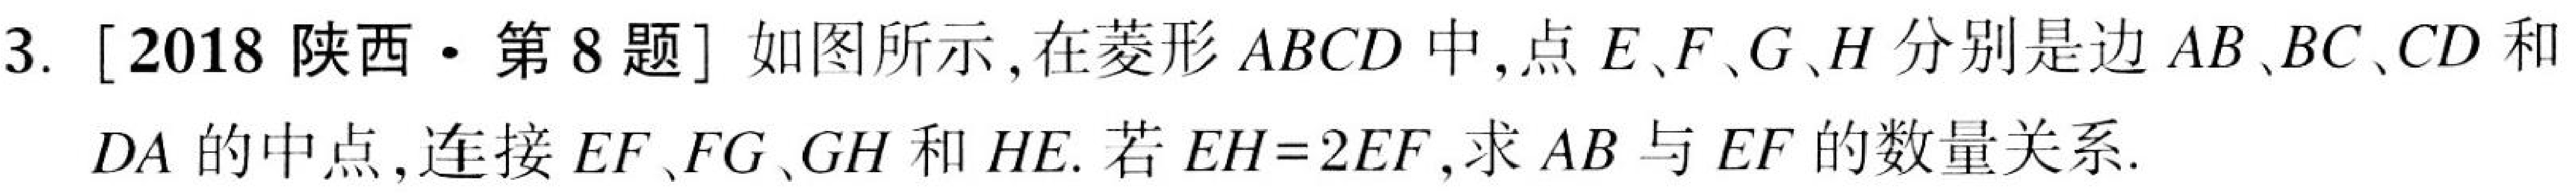
3. [2018 陕西·第8题] 如图所示,在菱形 \(ABCD\) 中,点 \(E、F、G、H\) 分别是边 \(AB、BC、CD\) 和
\(DA\) 的中点,连接 \(EF、FG、GH\) 和 \(HE\). 若 \(EH = 2EF\),求 \(AB\) 与 \(EF\) 的数量关系.